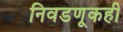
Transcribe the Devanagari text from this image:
निवडणूकही